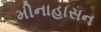
મીનાહાસન